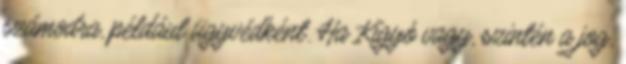
számodra, például ügyvédként. Ha Kígyó vagy, szintén a jog,